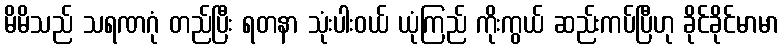
မိမိသည် သရဏဂုံ တည်ပြီး ရတနာ သုံးပါးဝယ် ယုံကြည် ကိုးကွယ် ဆည်းကပ်ပြီဟု ခိုင်ခိုင်မာမာ